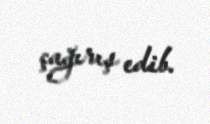
çağırış edib.